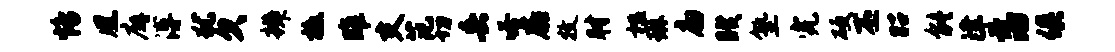
恪凰廨溥犹欠辨檄雎支范切兵嗒扉牧肘槛琳扁睽塾完硬丕昭能津藩俱